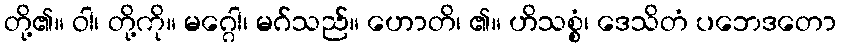
တို့၏။ ဝါ၊ တို့ကို။ မဂ္ဂေါ၊ မဂ်သည်။ ဟောတိ၊ ၏။ ဟိသစ္စံ၊ ဒေသိတံ ပဘေဒတော